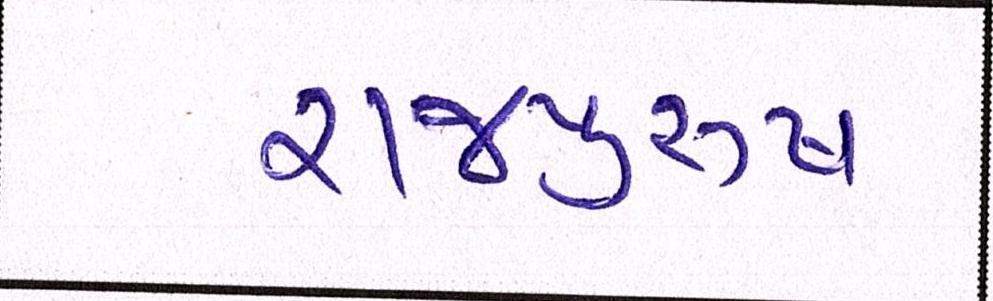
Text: રાજપુરુષ